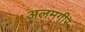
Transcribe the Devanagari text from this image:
अलमगीर